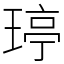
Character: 𤧟